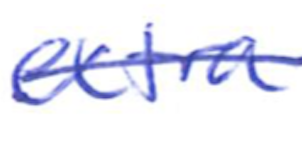
Text: extra
Cross-out: single-line
Writing tool: ballpoint